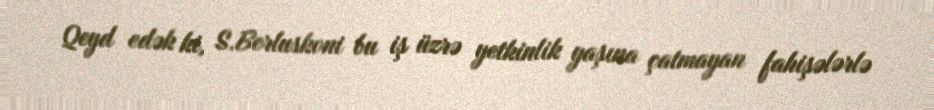
Qeyd edək ki, S.Berluskoni bu iş üzrə yetkinlik yaşına çatmayan fahişələrlə